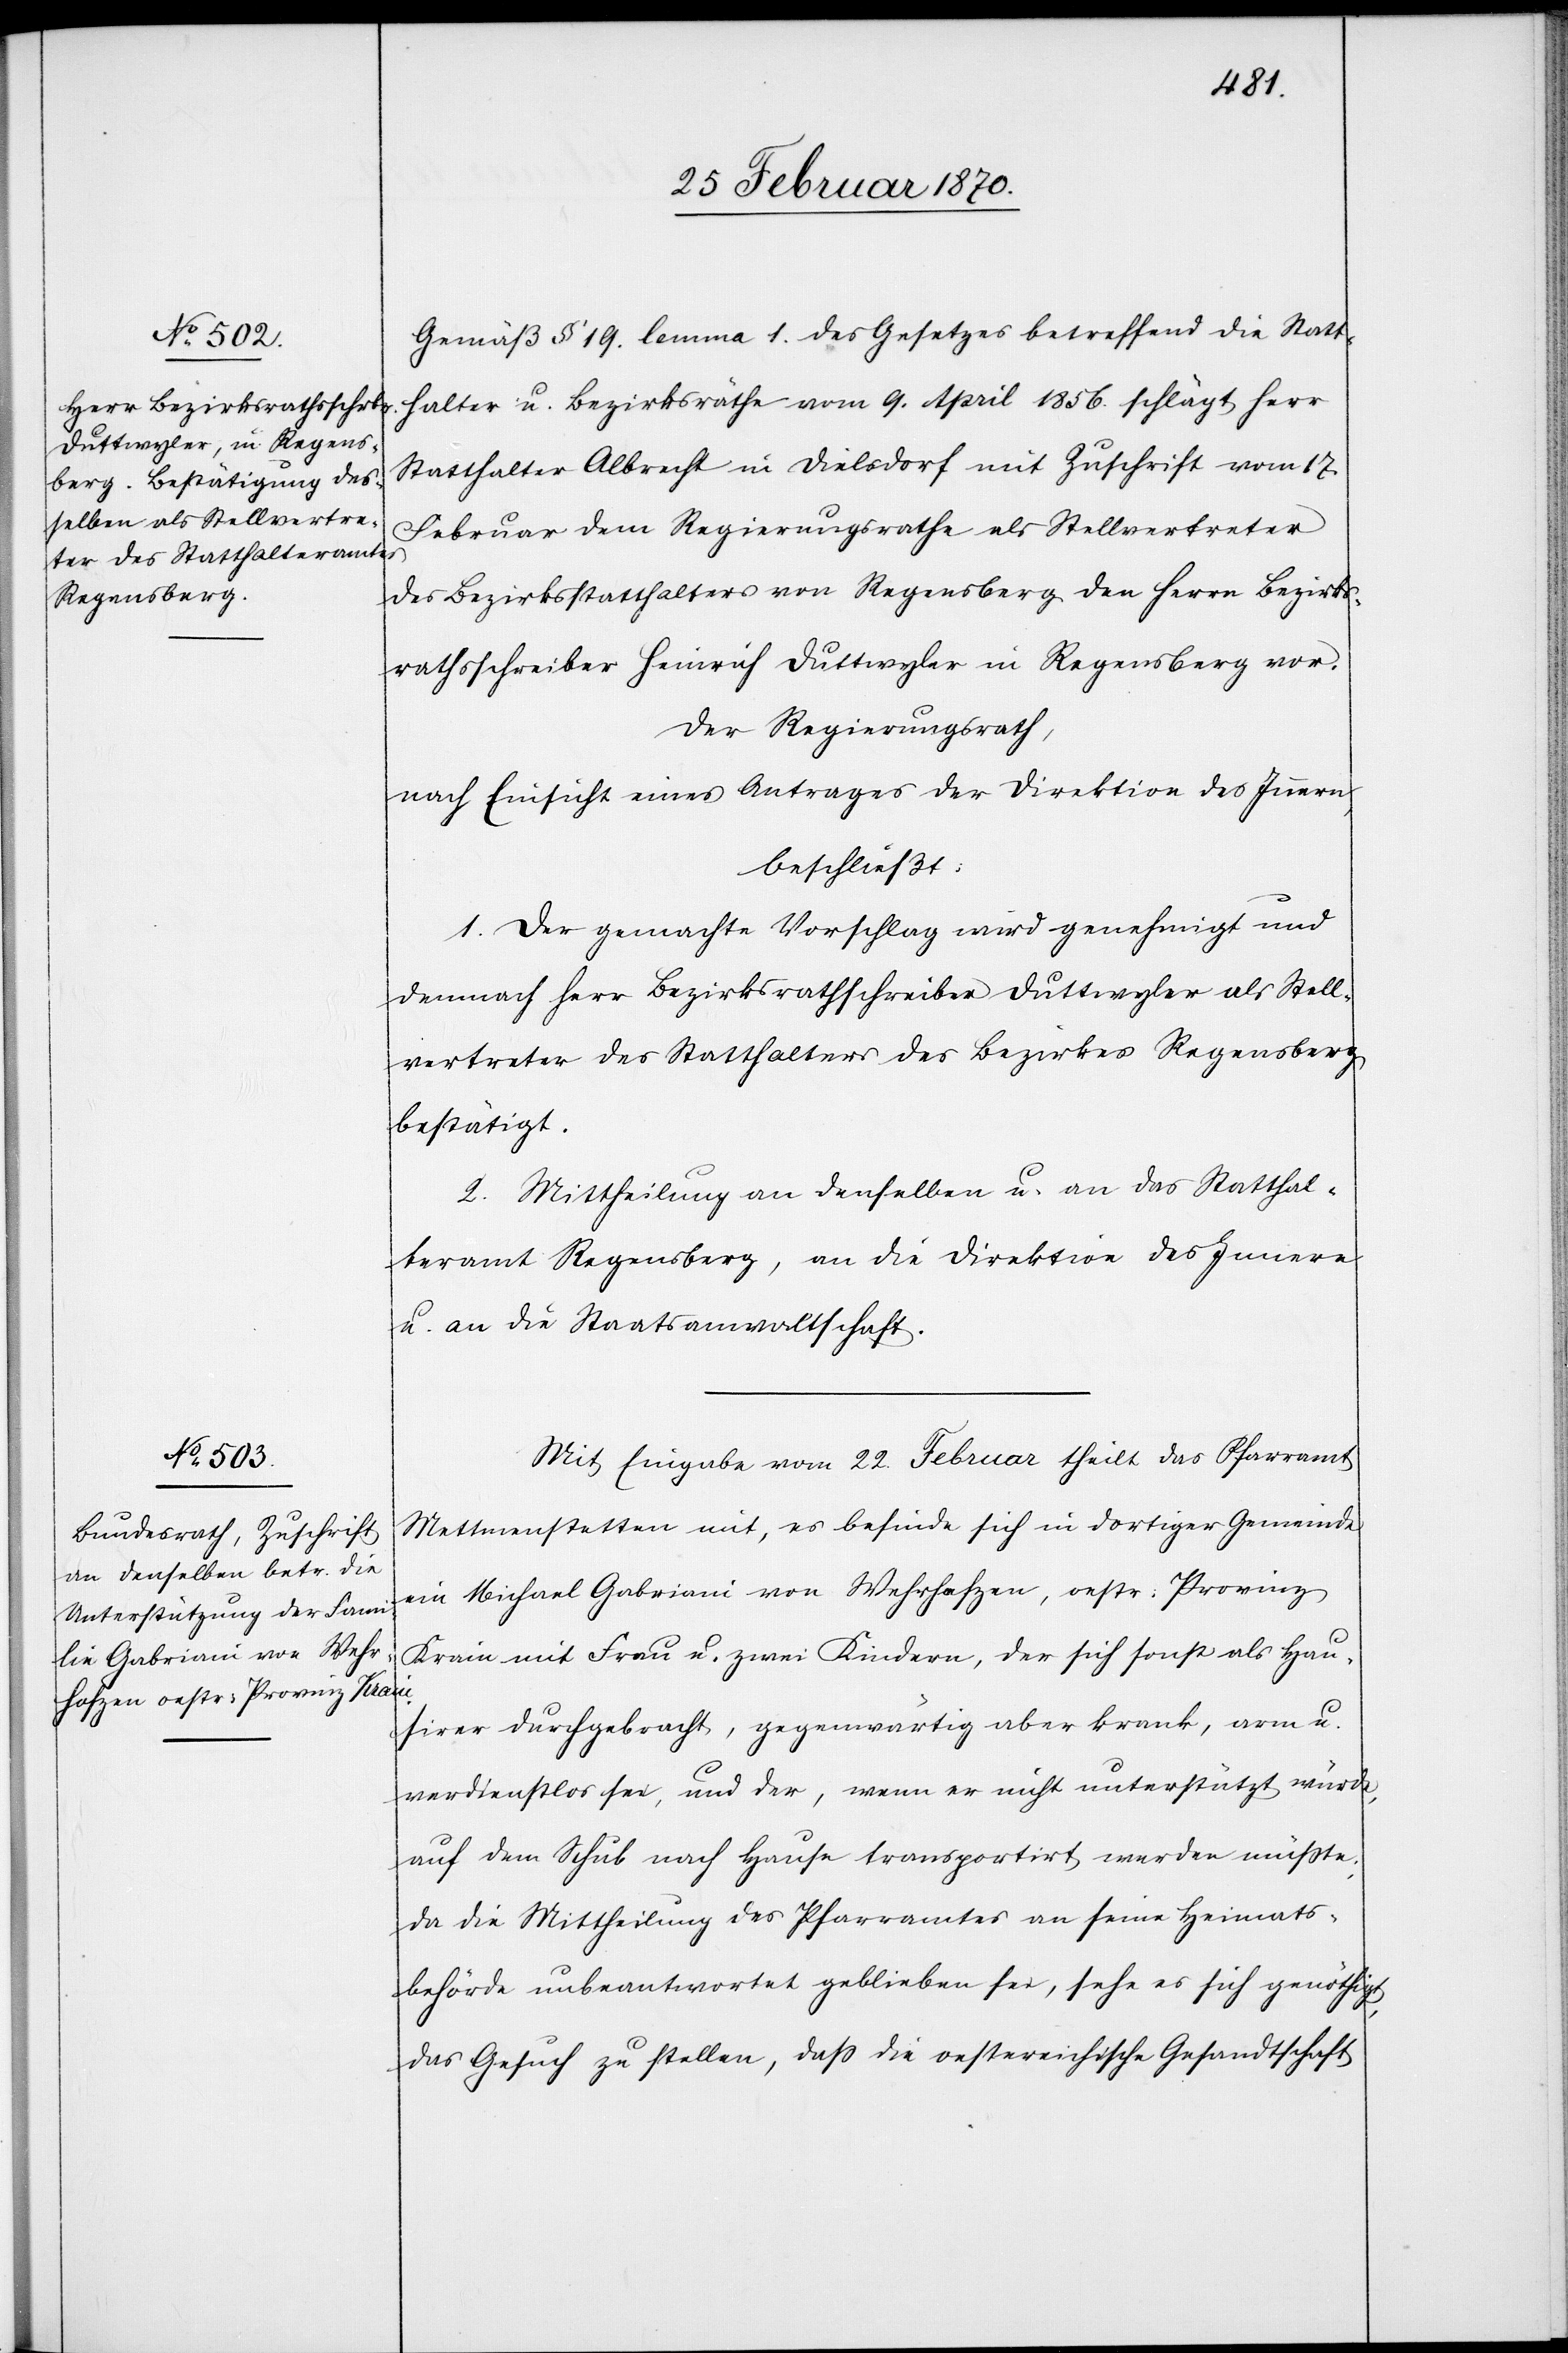
Gemäß § 19. lemma 1. des Gesetzes betreffend die Statt¬
halter u. Bezirksräthe vom 9. April 1856. schlägt Herr
Statthalter Albrecht in Dielsdorf mit Zuschrift vom 17.
Februar dem Regierungsrathe als Stellvertreter
des Bezirksstatthalters von Regensberg den Herrn Bezirks¬
rathsschreiber Heinrich Duttwyler in Regensberg vor.
Der Regierungsrath,
nach Einsicht eines Antrages der Direktion des Innern,
beschließt:
1. Der gemachte Vorschlag wird genehmigt und
demnach Herr Bezirksrathschreiber Duttwyler als Stell¬
vertreter des Statthalters des Bezirkes Regensberg
bestätigt.
2. Mittheilung an denselben u. an das Statthal¬
teramt Regensberg, an die Direktion des Innern
u. an die Staatsanwaltschaft.
Mit Eingabe vom 22. Februar theilt das Pfarramt
Mettmenstetten mit, es befinde sich in dortiger Gemeinde
ein Michael Gabriani von Wehrhofzen, oestr: Provinz
Krain mit Frau u. zwei Kindern, der sich sonst als Hau¬
sirer durchgebracht, gegenwärtig aber krank, arm u.
verdienstlos sei, und der, wenn er nicht unterstützt würde,
auf dem Schub nach Hause transportirt werden müßte;
da die Mittheilung des Pfarramtes an seine Heimats¬
behörde unbeantwortet geblieben sei, sehe es ich genöthigt,
das Gesuch zu stellen, daß die oestereichische Gesandtschaft